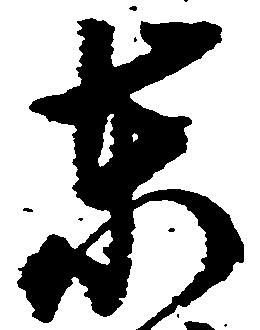
東